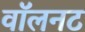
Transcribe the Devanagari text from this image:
वॉलनट